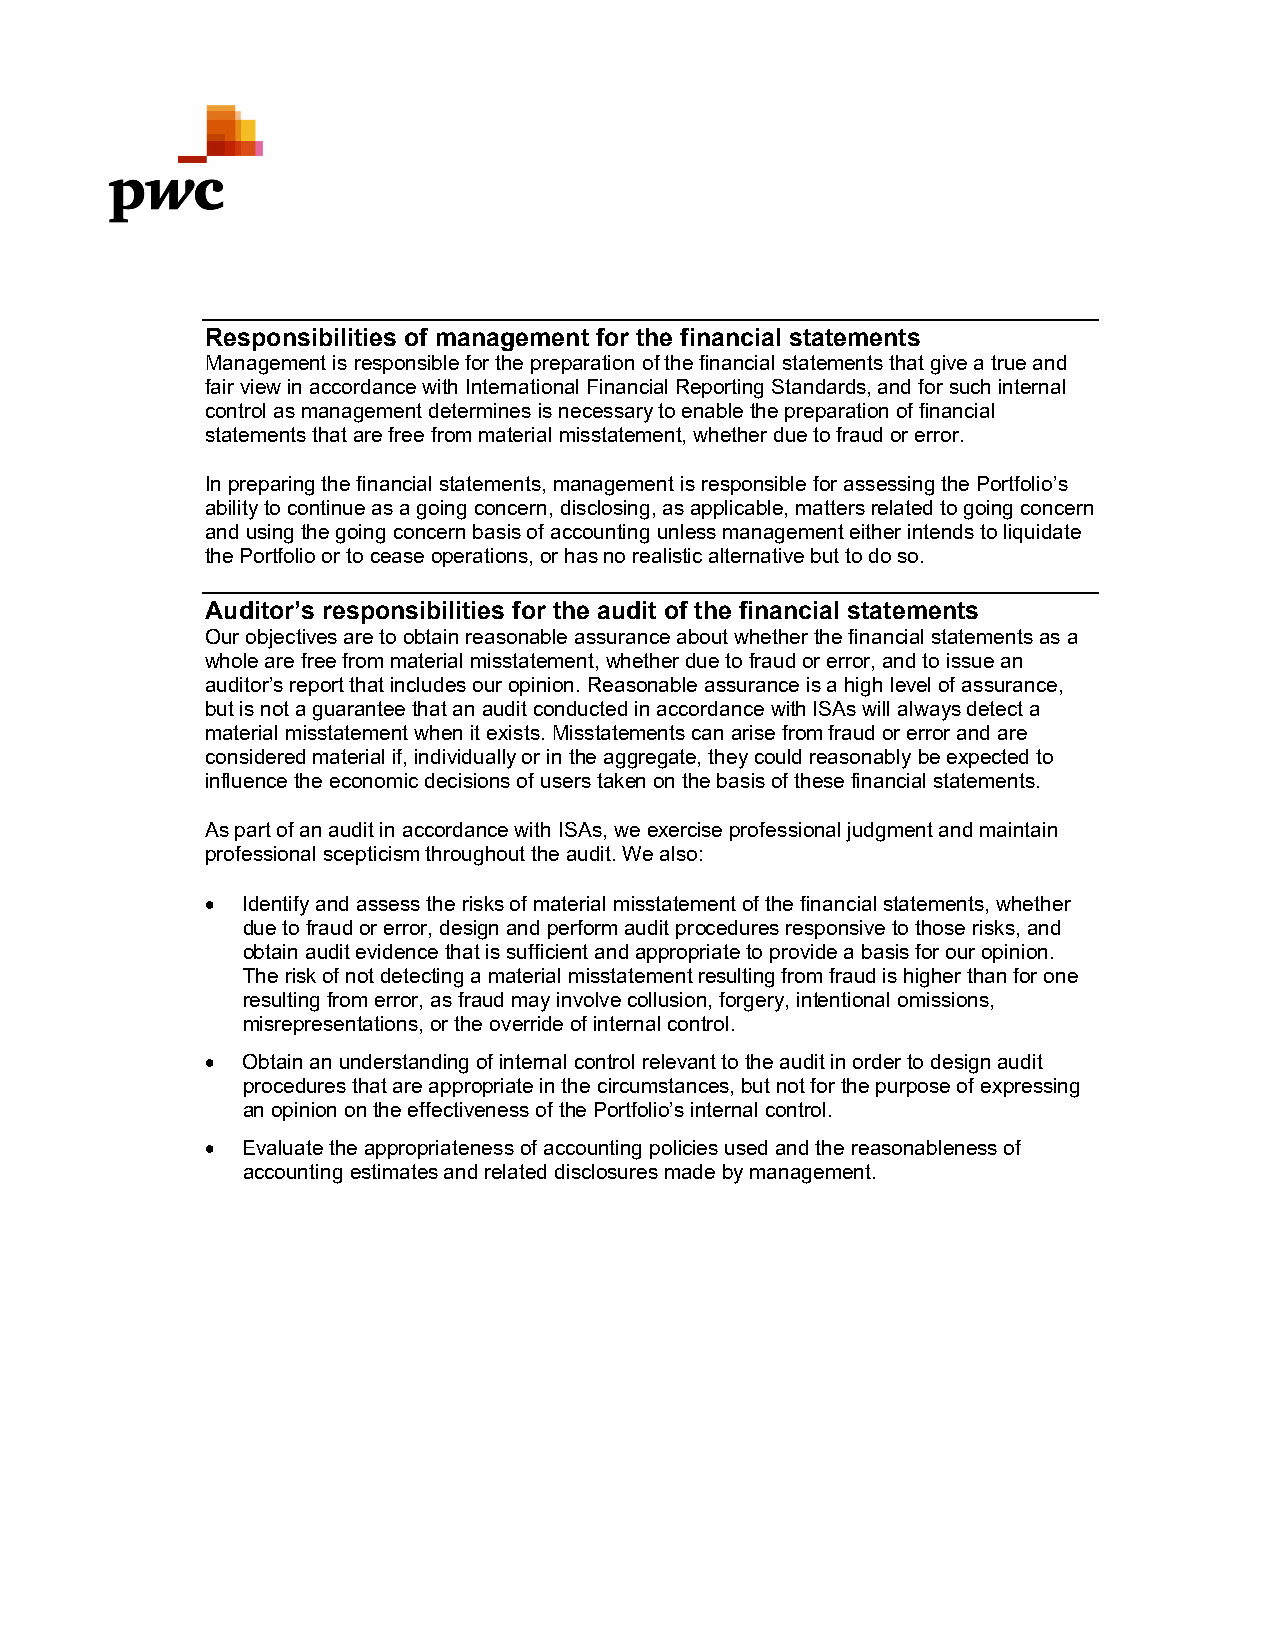
Responsibilities of management for the financial statements
 Management is responsible for the preparation of the financial statements that give a true and
 fair view in accordance with International Financial Reporting Standards, and for such internal
 control as management determines is necessary to enable the preparation of financial
 statements that are free from material misstatement, whether due to fraud or error.
 In preparing the financial statements, management is responsible for assessing the Portfolio’s
 ability to continue as a going concern, disclosing, as applicable, matters related to going concern
 and using the going concern basis of accounting unless management either intends to liquidate
 the Portfolio or to cease operations, or has no realistic alternative but to do so.
 Auditor’s responsibilities for the audit of the financial statements
 Our objectives are to obtain reasonable assurance about whether the financial statements as a
 whole are free from material misstatement, whether due to fraud or error, and to issue an
 auditor’s report that includes our opinion. Reasonable assurance is a high level of assurance,
 but is not a guarantee that an audit conducted in accordance with ISAs will always detect a
 material misstatement when it exists. Misstatements can arise from fraud or error and are
 considered material if, individually or in the aggregate, they could reasonably be expected to
 influence the economic decisions of users taken on the basis of these financial statements.
 As part of an audit in accordance with ISAs, we exercise professional judgment and maintain
 professional scepticism throughout the audit. We also:
  Identify and assess the risks of material misstatement of the financial statements, whether
 due to fraud or error, design and perform audit procedures responsive to those risks, and
 obtain audit evidence that is sufficient and appropriate to provide a basis for our opinion.
 The risk of not detecting a material misstatement resulting from fraud is higher than for one
 resulting from error, as fraud may involve collusion, forgery, intentional omissions,
 misrepresentations, or the override of internal control.
  Obtain an understanding of internal control relevant to the audit in order to design audit
 procedures that are appropriate in the circumstances, but not for the purpose of expressing
 an opinion on the effectiveness of the Portfolio’s internal control.
  Evaluate the appropriateness of accounting policies used and the reasonableness of
 accounting estimates and related disclosures made by management.